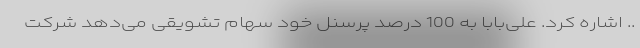
.. اشاره کرد. علی‌بابا به 100 درصد پرسنل خود سهام تشویقی می‌دهد شرکت